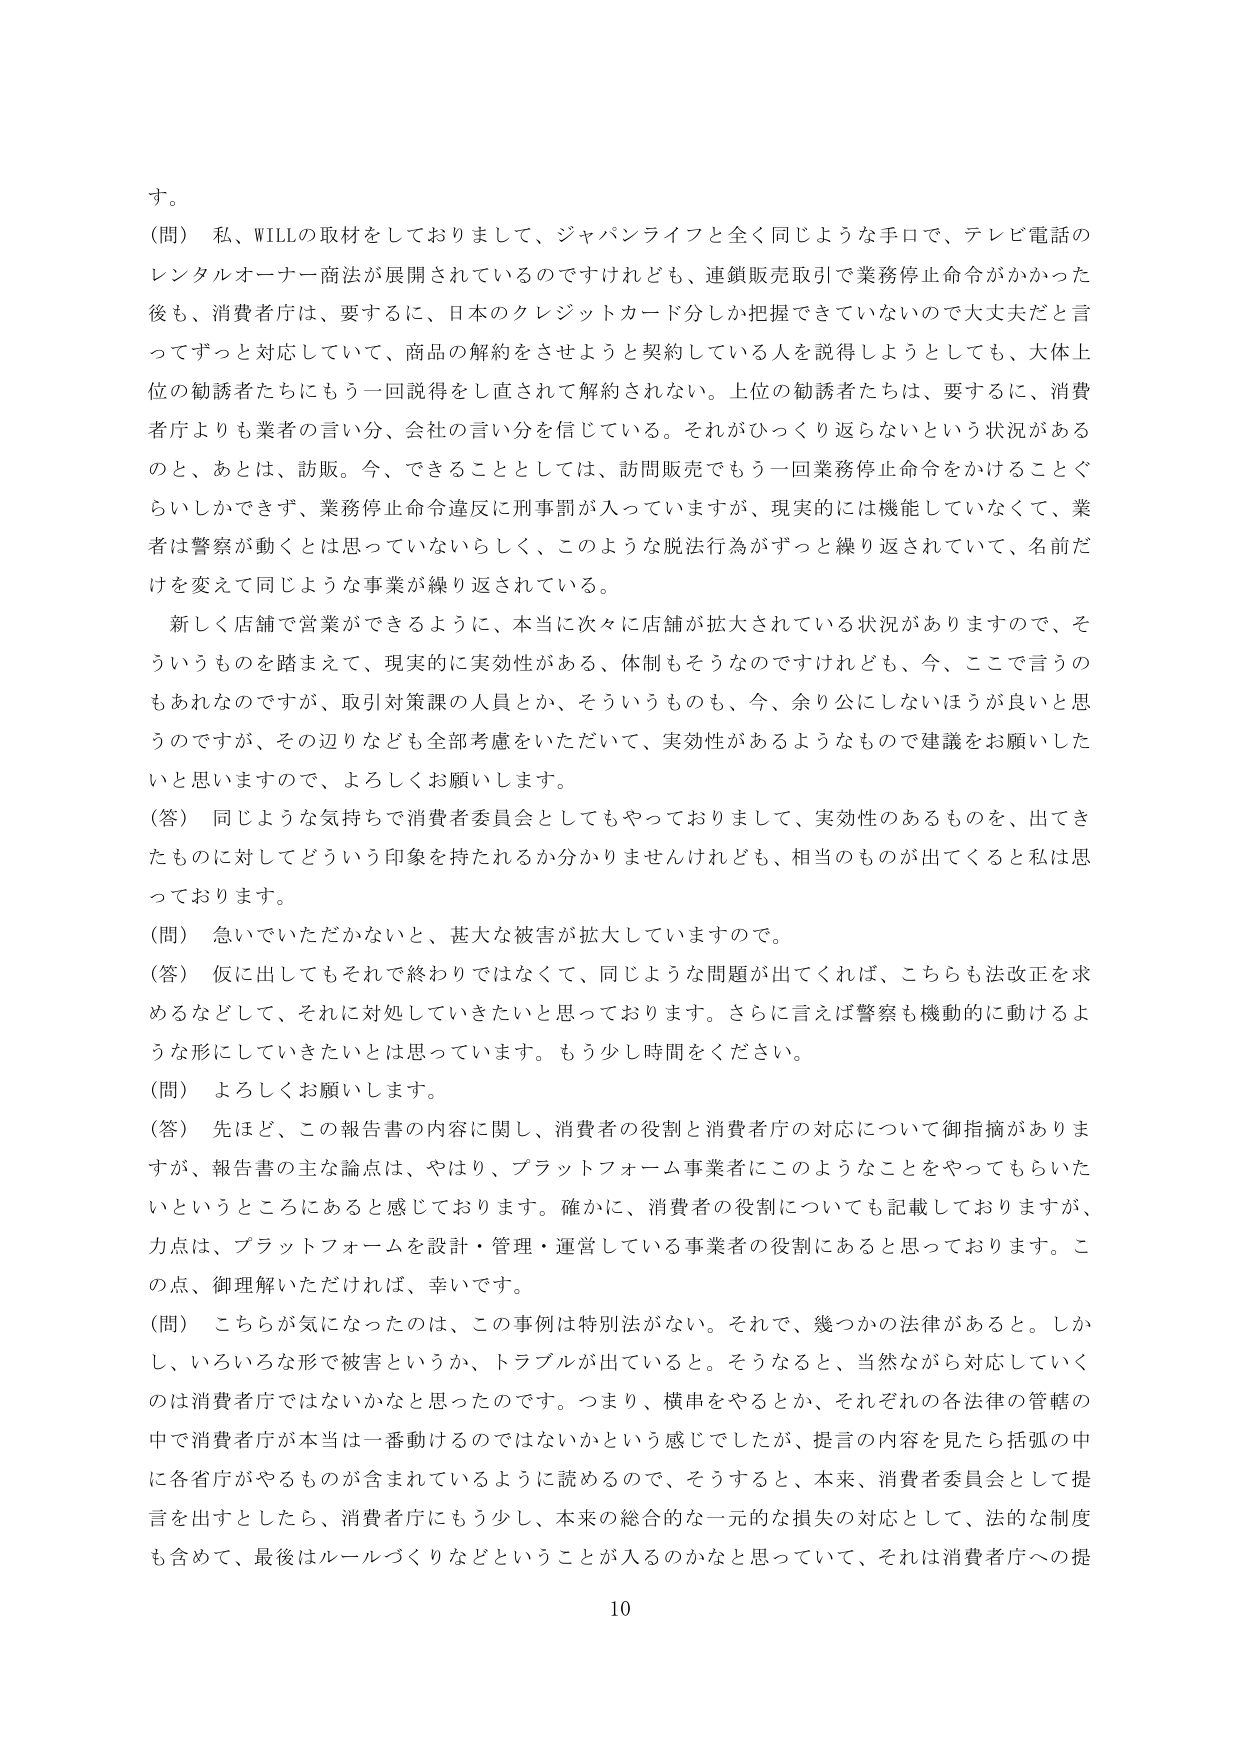
す。

（問） 私、WILLの取材をしておりまして、ジャパンライフと全く同じような手口で、テレビ電話のレンタルオーナー商法が展開されているのですけれども、連鎖販売取引で業務停止命令がかった後も、消費者庁は、要するに、日本のクレジットカード分しか把握できていないので大丈夫だと言ってずっと対応していて、商品の解約をさせようと契約している人を説得しようとしても、大体上位の勧誘者たちにもう一回説得をし直されて解約されない。上位の勧誘者たちは、要するに、消費者庁よりも業者の言い分、会社の言い分を信じている。それがひっくり返らないという状況があるのと、あとは、訪販。今、できることとしては、訪問販売でもう一回業務停止命令をかけることぐらいしかできず、業務停止命令違反に刑事罰が入っていますが、現実的には機能していなくて、業者は警察が動くとは思っていないらしく、このような脱法行為がずっと繰り返されていて、名前だけを変えて同じような事業が繰り返されている。

新しく店舗で営業ができるように、本当に次々に店舗が拡大されている状況がありますので、そういうものを踏まえて、現実的に実効性がある、体制もそうなのですけれども、今、ここで言うのもあれなのですが、取引対策課の人員とか、そういうものも、今、余り公にしないほうが良いと思うのですが、その辺りなども全部考慮をいただいて、実効性があるようなもので建議をお願いしたいと思いますので、よろしくお願いします。

（答） 同じような気持ちで消費者委員会としてもやっておりまして、実効性のあるものを、出てきたものに対してどういう印象を持たれるか分かりませんけれども、相当のものが出てくると私は思っております。

（問） 急いでいただだかないと、甚大な被害が拡大していますので。

（答） 仮に出してもそれで終わりではなくて、同じような問題が出てくれば、こちらも法改正を求めるなどして、それに対処していきたいと思っております。さらに言えば警察も機動的に動けるような形にしていきたいとは思っています。もう少し時間をください。

（問） よろしくお願いします。

（答） 先ほど、この報告書の内容に関し、消費者の役割と消費者庁の対応について御指摘がありますが、報告書の主な論点は、やはり、プラットフォーム事業者にこのようなことをやってもらいたいというところにあると感じております。確かに、消費者の役割についても記載しておりますが、力点は、プラットフォームを設計・管理・運営している事業者の役割にあると思っております。この点、御理解いただければ、幸いです。

（問） こちらが気になったのは、この事例は特別法がない。それで、幾つかの法律があると。しかし、いろいろな形で被害というか、トラブルが出ていると。そうなると、当然ながら対応していくのは消費者庁ではないかなと思ったのです。つまり、横串をやるとか、それぞれの各法律の管轄の中で消費者庁が本当は一番動けるのではないのかという感じでしたが、提言の内容を見たら括弧の中に各省庁がやるものが含まれているように読めるので、そうすると、本来、消費者委員会として提言を出すとしたら、消費者庁にもう少し、本来の総合的な一元的な損失の対応として、法的な制度も含めて、最後はルールづくりなどということが入るのかなと思っていて、それは消費者庁への提

10